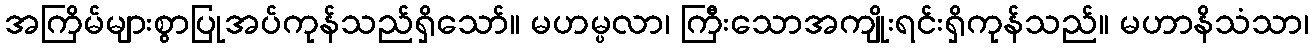
အကြိမ်များစွာပြုအပ်ကုန်သည်ရှိသော်။ မဟမ္ပလာ၊ ကြီးသောအကျိုးရင်းရှိကုန်သည်။ မဟာနိသံသာ၊